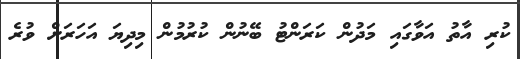
ކުރި އާތު އަވާގައި މަދުން ކަރަންޓު ބޭނުން ކުރުމުން މިދިޔަ އަހަރަށް ވުރެ